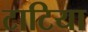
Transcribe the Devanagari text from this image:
टाटिया